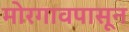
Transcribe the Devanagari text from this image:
मोरगावपासून